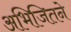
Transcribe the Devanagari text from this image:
अभिजितने